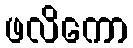
ဖလိကော